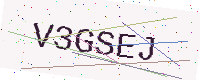
Text: V3GSEJ